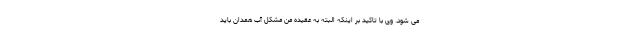
می شود. وی با تاکید بر اینکه البته به عقیده من مشکل آب همدان باید